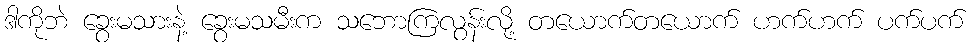
ဒါကိုဘဲ ခွေးမသားနဲ့ ခွေးမသမီးက သဘောကြလွန်းလို့ တယောက်တယောက် ဟက်ဟက် ပက်ပက်